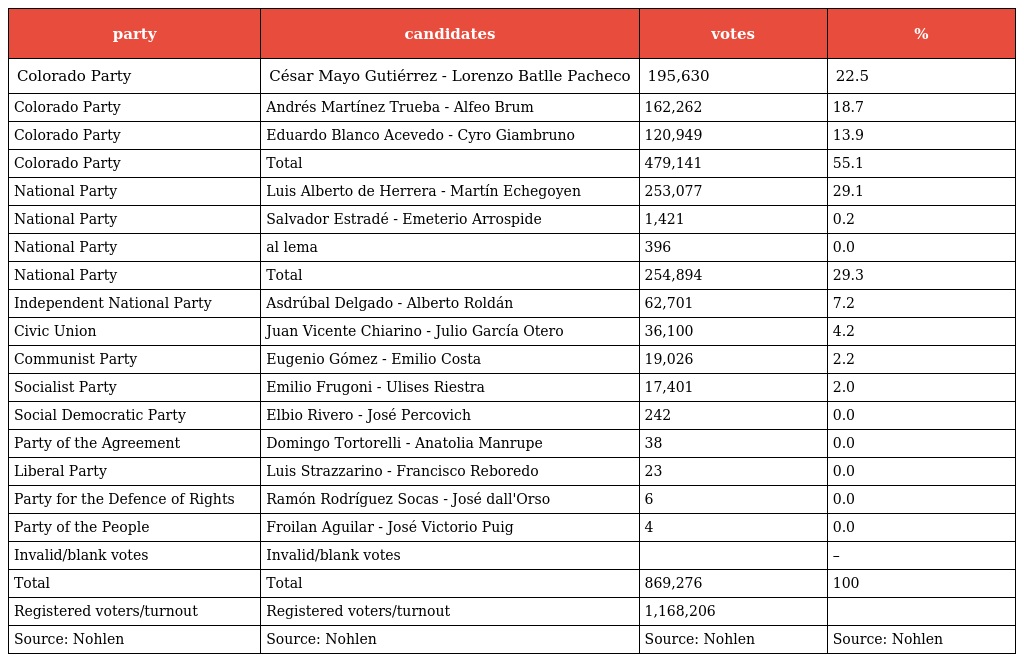
| party | candidates | votes | % |
 | --- | --- | --- | --- |
 | Colorado Party | César Mayo Gutiérrez - Lorenzo Batlle Pacheco | 195,630 | 22.5 |
 | Colorado Party | Andrés Martínez Trueba - Alfeo Brum | 162,262 | 18.7 |
 | Colorado Party | Eduardo Blanco Acevedo - Cyro Giambruno | 120,949 | 13.9 |
 | Colorado Party | Total | 479,141 | 55.1 |
 | National Party | Luis Alberto de Herrera - Martín Echegoyen | 253,077 | 29.1 |
 | National Party | Salvador Estradé - Emeterio Arrospide | 1,421 | 0.2 |
 | National Party | al lema | 396 | 0.0 |
 | National Party | Total | 254,894 | 29.3 |
 | Independent National Party | Asdrúbal Delgado - Alberto Roldán | 62,701 | 7.2 |
 | Civic Union | Juan Vicente Chiarino - Julio García Otero | 36,100 | 4.2 |
 | Communist Party | Eugenio Gómez - Emilio Costa | 19,026 | 2.2 |
 | Socialist Party | Emilio Frugoni - Ulises Riestra | 17,401 | 2.0 |
 | Social Democratic Party | Elbio Rivero - José Percovich | 242 | 0.0 |
 | Party of the Agreement | Domingo Tortorelli - Anatolia Manrupe | 38 | 0.0 |
 | Liberal Party | Luis Strazzarino - Francisco Reboredo | 23 | 0.0 |
 | Party for the Defence of Rights | Ramón Rodríguez Socas - José dall'Orso | 6 | 0.0 |
 | Party of the People | Froilan Aguilar - José Victorio Puig | 4 | 0.0 |
 | Invalid/blank votes | Invalid/blank votes |  | – |
 | Total | Total | 869,276 | 100 |
 | Registered voters/turnout | Registered voters/turnout | 1,168,206 |  |
 | Source: Nohlen | Source: Nohlen | Source: Nohlen | Source: Nohlen |